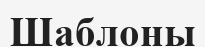
Шаблоны